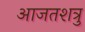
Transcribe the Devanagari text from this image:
आजतशत्रु